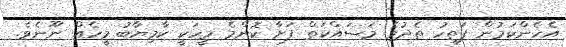
އެހެންކަމުން ފަތިހު ތެދުވެ މަސައްކަތް ފަށާ ކޮންމެ މީހަކީ ކާމިޔާބު މީހެއް ނޫނެވެ.